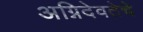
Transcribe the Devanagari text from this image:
अग्निदेवतेचे